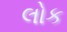
લોક